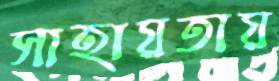
সাহায়তায়